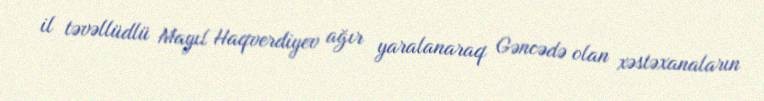
il təvəllüdlü Mayıl Haqverdiyev ağır yaralanaraq Gəncədə olan xəstəxanaların